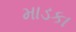
માડકા